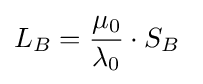
L_{B}={\frac {\mu _{0}}{\lambda _{0}}}\cdot S_{B}\